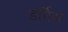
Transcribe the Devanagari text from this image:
डर्गिस